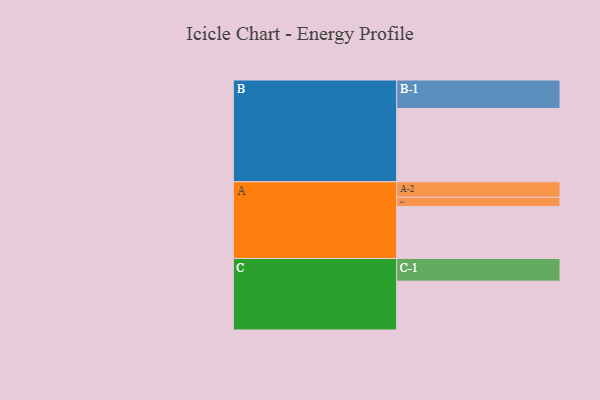
{"axis": {"x": "Segment", "y": "Value"}, "legend": ["", "A", "B", "C"], "data": [{"x": "A", "y": 419, "type": ""}, {"x": "B", "y": 590, "type": ""}, {"x": "C", "y": 393, "type": ""}, {"x": "A-1", "y": 74, "type": "A"}, {"x": "A-2", "y": 125, "type": "A"}, {"x": "B-1", "y": 229, "type": "B"}, {"x": "C-1", "y": 183, "type": "C"}]}